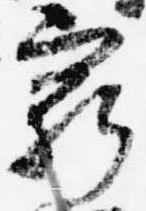
窮